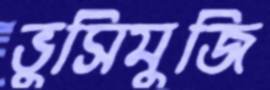
ভুসিমুজি